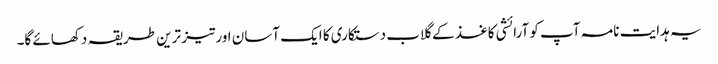
یہ ہدایت نامہ آپ کو آرائشی کاغذ کے گلاب دستکاری کا ایک آسان اور تیز ترین طریقہ دکھائے گا۔